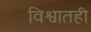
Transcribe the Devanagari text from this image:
विश्वातही